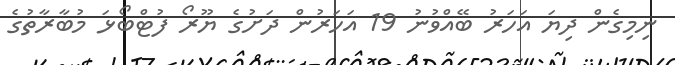
ނިމިގެން ދިޔަ އަހަރު ބޭއްވުނު 19 އަހަރުން ދަށުގެ ޔޫރޯ ފުޓްބޯޅަ މުބާރާތުގެ